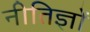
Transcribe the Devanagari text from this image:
नीतिज्ञों